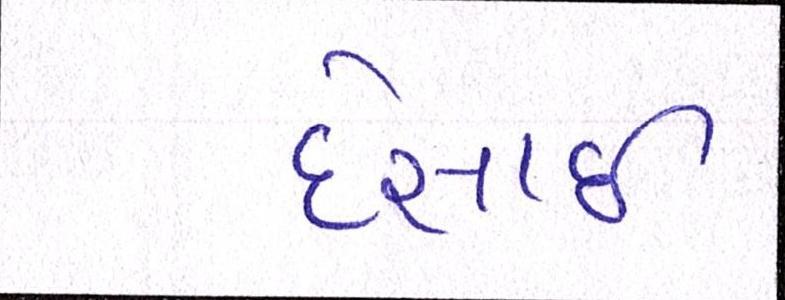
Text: દેસાઇ